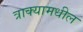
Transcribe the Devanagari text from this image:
त्राक्यामधील